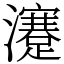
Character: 瀽